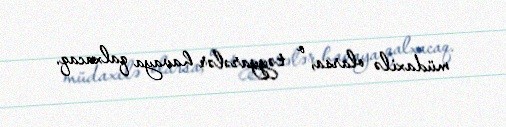
müdaxilə olarsa, o təyyarələr havaya qalxacaq.